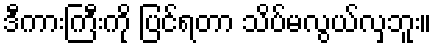
ဒီကားကြီးကို ပြင်ရတာ သိပ်မလွယ်လှဘူး။